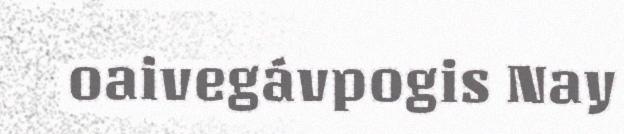
oaivegávpogis Nay